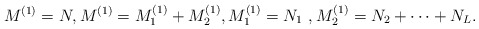
\begin{align*}M^{(1)} =N, M^{(1)} = M^{(1)}_1 + M^{(1)}_2, M^{(1)}_1 = N_1~, M^{(1)}_2 = N_2 + \dots + N_L. \end{align*}